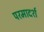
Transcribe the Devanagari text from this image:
परमादर्श